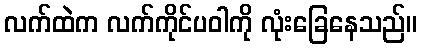
လက်ထဲက လက်ကိုင်ပဝါကို လုံးခြေနေသည်။